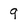
Character: 9